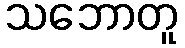
သဘောတူ